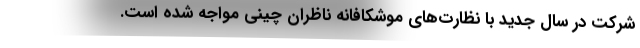
شرکت در سال جدید با نظارت‌های موشکافانه ناظران چینی مواجه شده است.